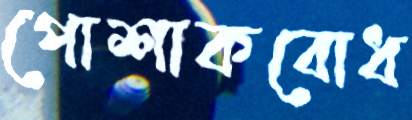
পোশাকবোধ